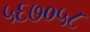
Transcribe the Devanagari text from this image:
५६७०५८